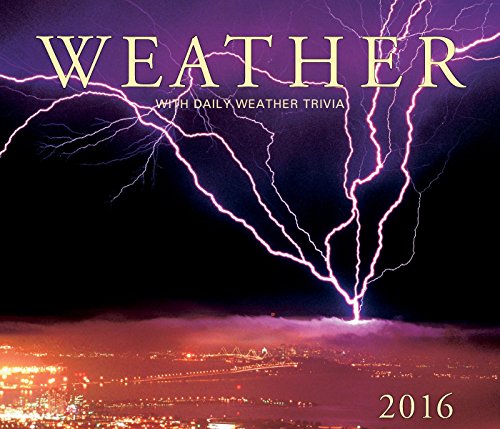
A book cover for Weather 2016: With Daily Weather Trivia; Firefly Books; Calendars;